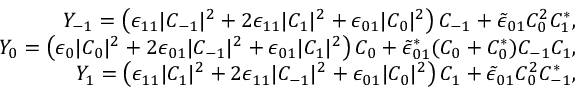
\begin{array} { r l r } & { } & { Y _ { - 1 } = \left( \epsilon _ { 1 1 } | C _ { - 1 } | ^ { 2 } + 2 \epsilon _ { 1 1 } | C _ { 1 } | ^ { 2 } + \epsilon _ { 0 1 } | C _ { 0 } | ^ { 2 } \right) C _ { - 1 } + \tilde { \epsilon } _ { 0 1 } C _ { 0 } ^ { 2 } C _ { 1 } ^ { * } , } \\ & { } & { Y _ { 0 } = \left( \epsilon _ { 0 } | C _ { 0 } | ^ { 2 } + 2 \epsilon _ { 0 1 } | C _ { - 1 } | ^ { 2 } + \epsilon _ { 0 1 } | C _ { 1 } | ^ { 2 } \right) C _ { 0 } + \tilde { \epsilon } _ { 0 1 } ^ { * } ( C _ { 0 } + C _ { 0 } ^ { * } ) C _ { - 1 } C _ { 1 } , } \\ & { } & { Y _ { 1 } = \left( \epsilon _ { 1 1 } | C _ { 1 } | ^ { 2 } + 2 \epsilon _ { 1 1 } | C _ { - 1 } | ^ { 2 } + \epsilon _ { 0 1 } | C _ { 0 } | ^ { 2 } \right) C _ { 1 } + \tilde { \epsilon } _ { 0 1 } C _ { 0 } ^ { 2 } C _ { - 1 } ^ { * } , } \end{array}